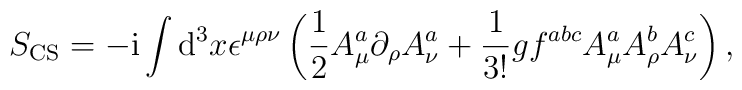
S_\mathrm{CS} =-\mathrm{i}\int \mathrm{d}^3 x \epsilon^{\mu\rho\nu}\left(\frac{1}{2}A_\mu^a \partial_\rho A_\nu^a+\frac{1}{3!}gf^{abc}A_\mu^a A_\rho^b A_\nu^c\right),